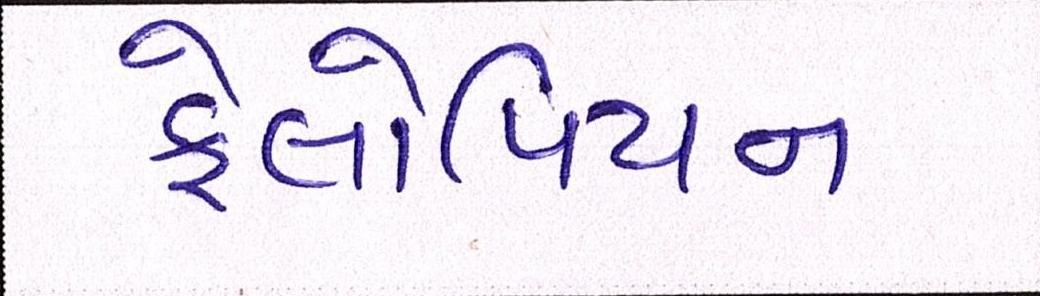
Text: ફેલોપિયન